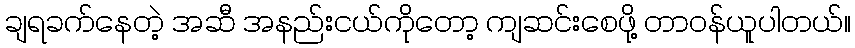
ချရခက်နေတဲ့ အဆီ အနည်းငယ်ကိုတော့ ကျဆင်းစေဖို့ တာဝန်ယူပါတယ်။